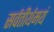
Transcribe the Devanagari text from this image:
सर्वतीर्थमयं